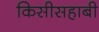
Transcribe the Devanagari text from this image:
किसीसहाबी